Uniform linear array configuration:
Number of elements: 64
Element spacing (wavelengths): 0.5
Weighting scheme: hann
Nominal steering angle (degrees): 0
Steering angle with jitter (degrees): -0.8472
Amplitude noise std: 0.05
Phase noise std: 0.05

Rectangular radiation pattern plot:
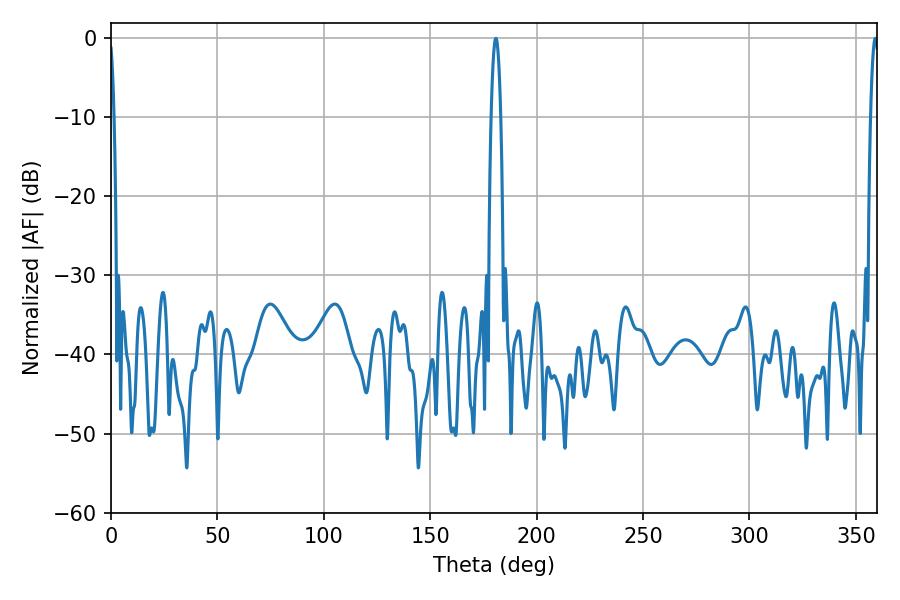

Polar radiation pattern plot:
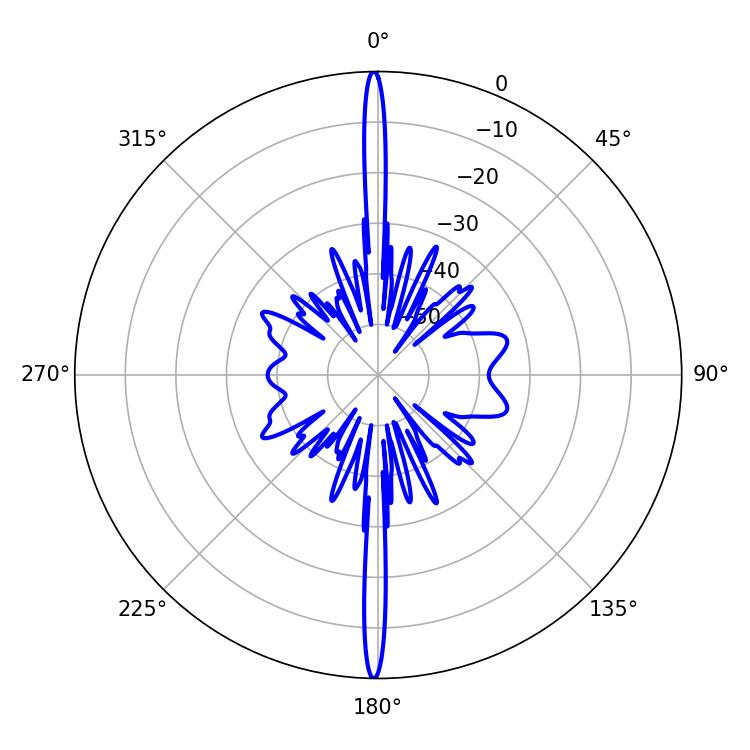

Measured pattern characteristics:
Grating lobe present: FALSE
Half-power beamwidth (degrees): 2.34
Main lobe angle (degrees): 180.9